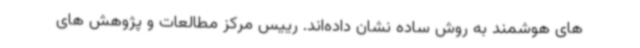
های هوشمند به روش ساده نشان داده‌اند. رییس مرکز مطالعات و پژوهش های